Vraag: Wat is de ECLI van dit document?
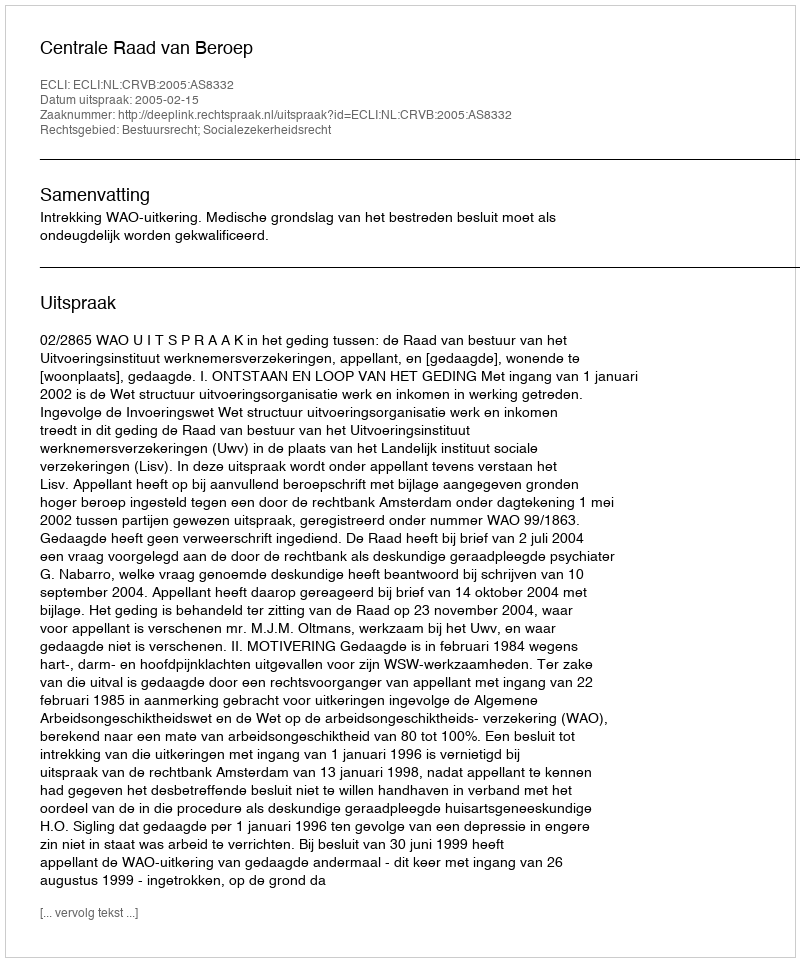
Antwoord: ECLI:NL:CRVB:2005:AS8332